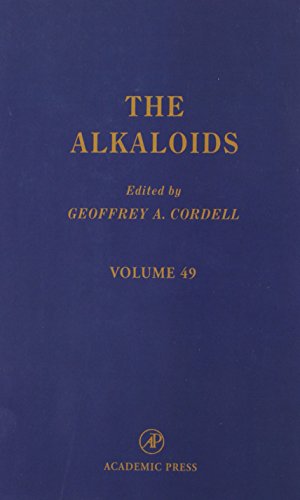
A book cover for The Alkaloids: Chemistry and Pharmacology, Vol. 49; Science & Math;